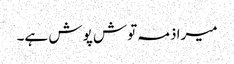
میرا ذمہ توش پوش ہے۔